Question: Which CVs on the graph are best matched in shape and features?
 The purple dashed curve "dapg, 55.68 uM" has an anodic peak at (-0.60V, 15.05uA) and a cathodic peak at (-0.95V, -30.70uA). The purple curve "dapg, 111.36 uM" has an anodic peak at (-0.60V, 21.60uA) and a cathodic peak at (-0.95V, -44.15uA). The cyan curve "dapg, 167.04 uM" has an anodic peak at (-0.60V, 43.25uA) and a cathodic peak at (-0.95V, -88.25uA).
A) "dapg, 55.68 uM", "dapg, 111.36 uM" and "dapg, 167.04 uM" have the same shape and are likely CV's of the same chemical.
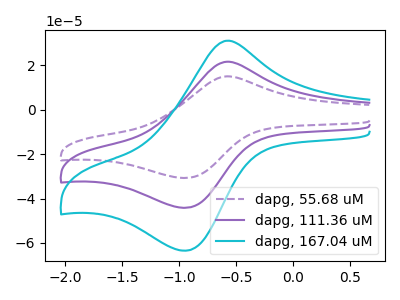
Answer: <think>All the peaks in "dapg, 55.68 uM" have a peak in "dapg, 111.36 uM" at the same potential. Every peak in "dapg, 55.68 uM" is lower than every peak in "dapg, 111.36 uM". All the peaks in "dapg, 55.68 uM" have a peak in "dapg, 167.04 uM" at the same potential. Every peak in "dapg, 55.68 uM" is lower than every peak in "dapg, 167.04 uM". All the peaks in "dapg, 111.36 uM" have a peak in "dapg, 167.04 uM" at the same potential. Every peak in "dapg, 111.36 uM" is lower than every peak in "dapg, 167.04 uM".
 </think>
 <answer>A) "dapg, 55.68 uM", "dapg, 111.36 uM" and "dapg, 167.04 uM" have the same shape and are likely CV's of the same chemical.</answer>
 <eval>A</eval>